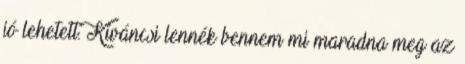
jó lehetett. Kíváncsi lennék bennem mi maradna meg az